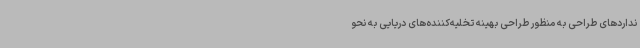
نداردهای طراحی به منظور طراحی بهینه تخلیه‌کننده‌های دریایی به نحو